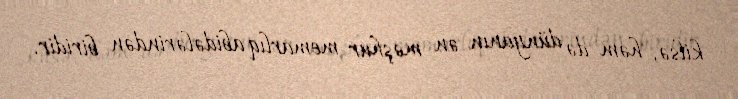
kilsə, həm də dünyanın ən məşhur memarlıq abidələrindən biridir.